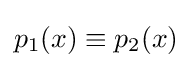
p_{1}(x)\equiv p_{2}(x)